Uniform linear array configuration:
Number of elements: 24
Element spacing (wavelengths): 0.25
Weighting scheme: kaiser
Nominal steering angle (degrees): -45
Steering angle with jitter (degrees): -45.286
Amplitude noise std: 0.05
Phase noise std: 0.05

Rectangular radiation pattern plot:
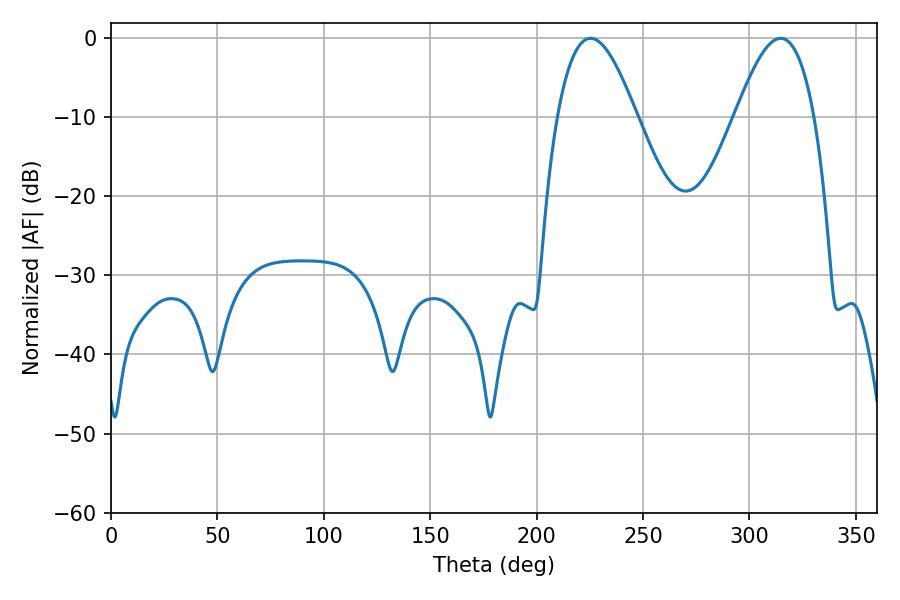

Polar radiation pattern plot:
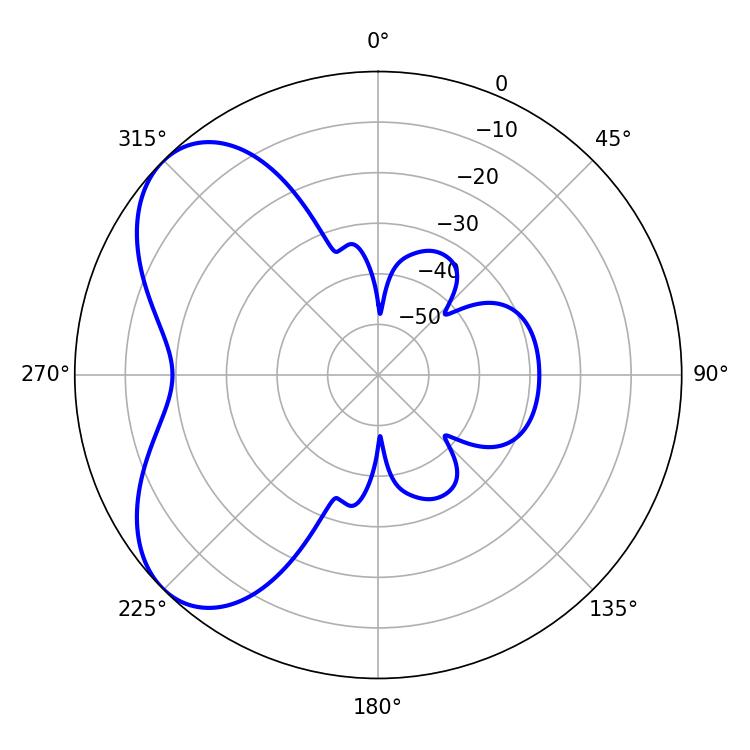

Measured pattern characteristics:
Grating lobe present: FALSE
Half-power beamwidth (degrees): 20.16
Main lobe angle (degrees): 225.36